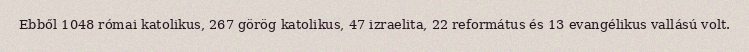
Ebből 1048 római katolikus, 267 görög katolikus, 47 izraelita, 22 református és 13 evangélikus vallású volt.